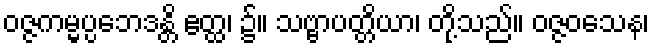
ဝဇ္ဇကမ္မပ္ပဘေဒန္တိ ဧတ္ထ၊ ၌။ သဗ္ဗာပတ္တိယာ၊ တို့သည်။ ဝဇ္ဇဝသေန၊